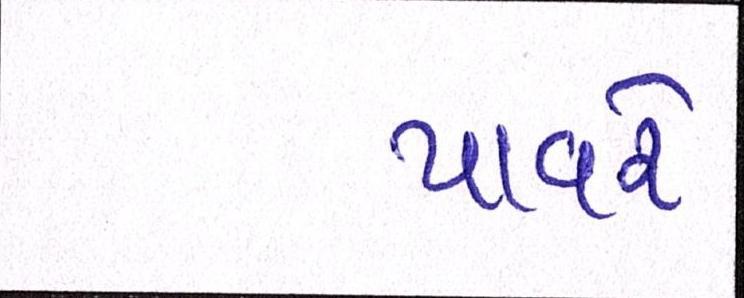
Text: પાવરે